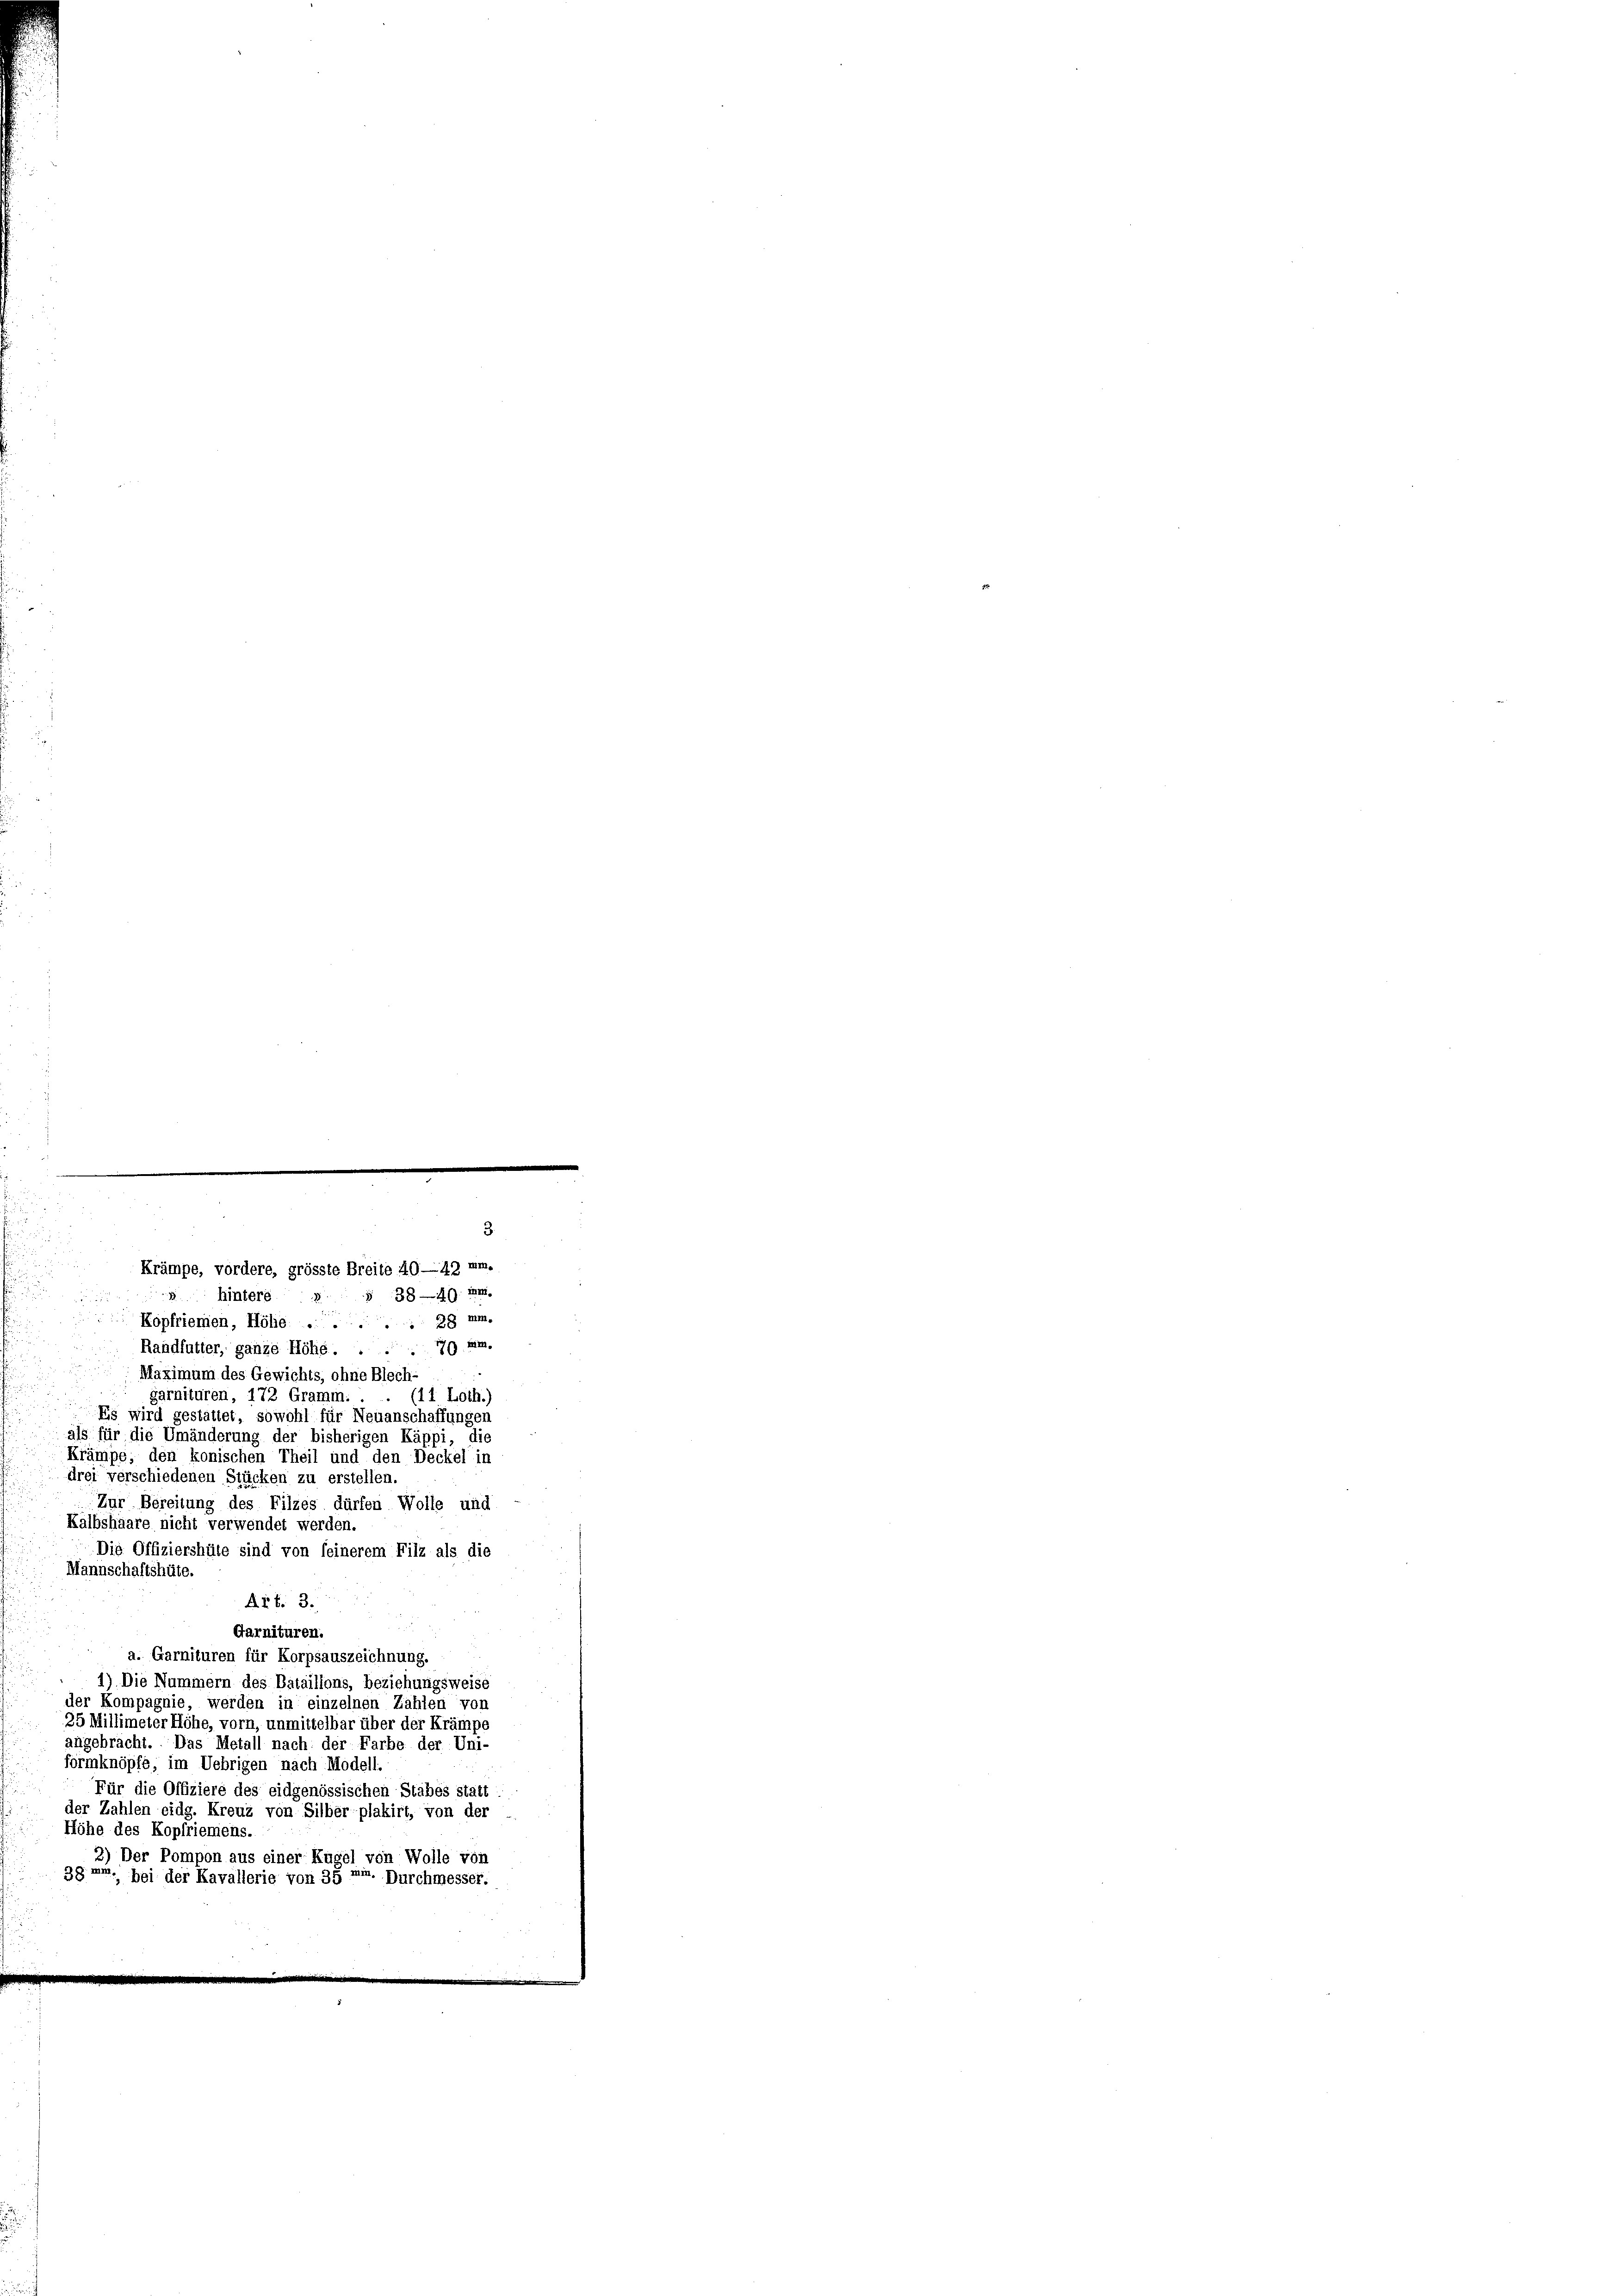
3

Krämpe, vordere, grösste Breite 40—43 mn.
38—40. Im
 hintere
Kopfriemen, Hölie..... 28 mm.
Randfutter, ganze Höhe .... 70 an.
Maximum des Gewichts, ohne Blech-
garnituren, 172 Gramm. . .
(11 Loth.)
Es wird gestattet, sowohl für Neuanschaffungen
als für die Umänderung der bisherigen Käppi, die
Krämpe, den konischen Theil und den Deckel in
drei verschiedenen Stücken zu erstellen.
Zur Bereitung des Filzes dürfen Wolle und
Kalbshaare nicht verwendet werden.
Die Offiziershüte sind von feinerem Filz als die
Mannschaftshüte.
Art. 3.
Garnituren.
a. Garnituren für Korpsauszeichnung.
1) Die Nummern des Bataillons, beziehungsweise
der Kompagnie werden in einzelnen Zahlen von
35 Millimeter Höhe, vorn, unmittelbar über der Krämpe
angebracht. Das Metall nach der Farbe der Uni-
örmknöpfe, im Uebrigen nach Modell.
für die Offiziere des eidgenössischen Stabes statt
der Zahlen eidg. Kreuz von Silberplakirt, von der
Höhe des Kopfriemens
3) Der Pompon aus einer Kugel von Wolle von
gg um. bei der Kavallerie von 35 mm. Durchmesser.